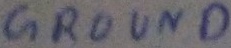
Text: GROUND